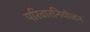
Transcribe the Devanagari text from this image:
परिवारनियोजन